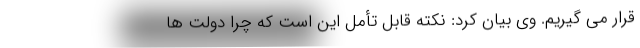
قرار می گیریم. وی بیان کرد: نکته قابل تأمل این است که چرا دولت ها